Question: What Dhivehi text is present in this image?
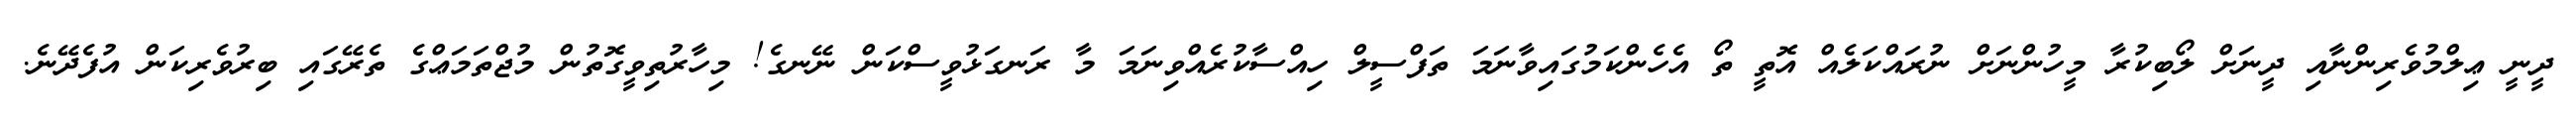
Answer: ދީނީ ޢިލްމުވެރިންނާއި ދީނަށް ލޯބިކުރާ މީހުންނަށް ނުރައްކަލެއް އޮތީ ތޯ އެހެންކަމުގައިވާނަމަ ތަފްސީލް ހިއްސާކުރެއްވިނަމަ މާ ރަނގަޅުވީސްކަން ނޭނގެ! މިހާރުތިވީގޮތުން މުޖްތަމަޢްގެ ތެރޭގައި ބިރުވެރިކަން އުފެދޭނެ.